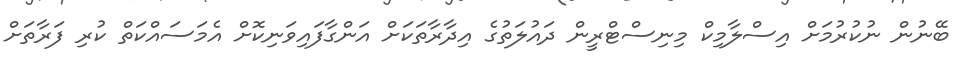
ބޭނުން ނުކުރުމަށް އިސްލާމިކް މިނިސްޓްރީން ދައުލަތުގެ އިދާރާތަކަށް އަންގާފައިވަނިކޮށް އެމަސައްކަތް ކުރި ފަރާތަށް